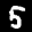
Label: 5